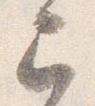
已